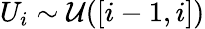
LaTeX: U_{i}\sim\mathcal U([i-1,i])